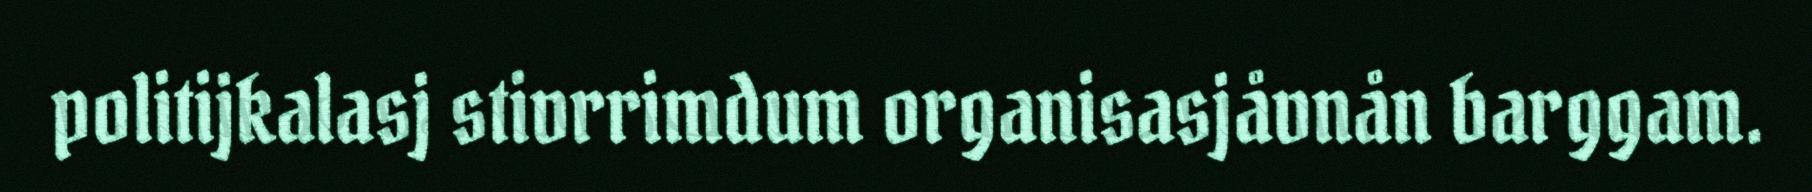
politijkalasj stivrrimdum organisasjåvnån barggam.